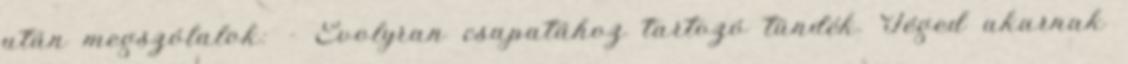
után megszólalok: - Evolyran csapatához tartozó tündék. Téged akarnak